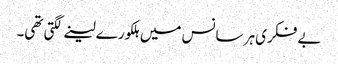
بے فکری ہر سانس میں ہلکورے لینے لگتی تھی۔